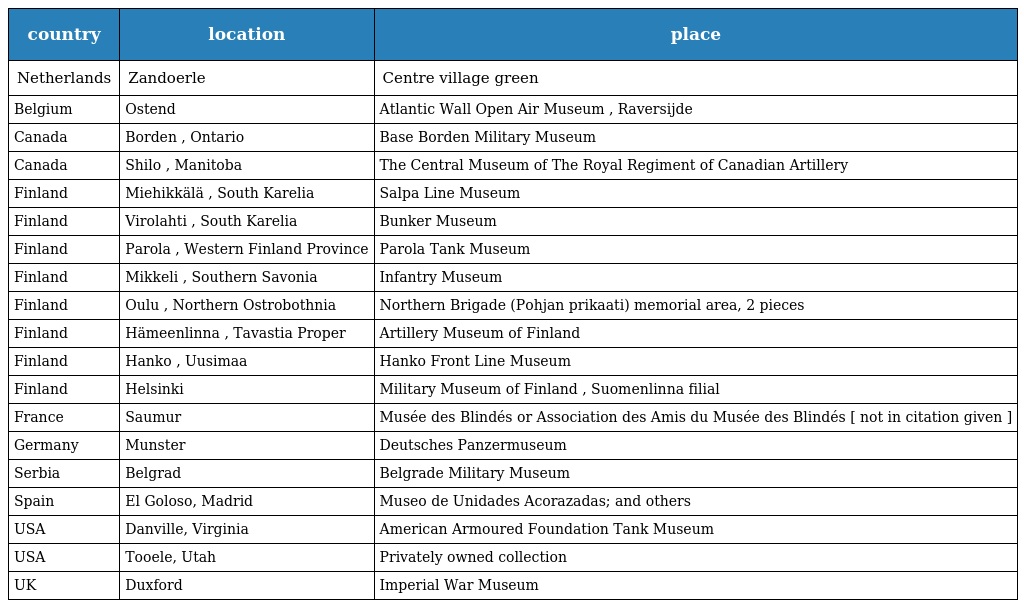
| country | location | place |
 | --- | --- | --- |
 | Netherlands | Zandoerle | Centre village green |
 | Belgium | Ostend | Atlantic Wall Open Air Museum , Raversijde |
 | Canada | Borden , Ontario | Base Borden Military Museum |
 | Canada | Shilo , Manitoba | The Central Museum of The Royal Regiment of Canadian Artillery |
 | Finland | Miehikkälä , South Karelia | Salpa Line Museum |
 | Finland | Virolahti , South Karelia | Bunker Museum |
 | Finland | Parola , Western Finland Province | Parola Tank Museum |
 | Finland | Mikkeli , Southern Savonia | Infantry Museum |
 | Finland | Oulu , Northern Ostrobothnia | Northern Brigade (Pohjan prikaati) memorial area, 2 pieces |
 | Finland | Hämeenlinna , Tavastia Proper | Artillery Museum of Finland |
 | Finland | Hanko , Uusimaa | Hanko Front Line Museum |
 | Finland | Helsinki | Military Museum of Finland , Suomenlinna filial |
 | France | Saumur | Musée des Blindés or Association des Amis du Musée des Blindés [ not in citation given ] |
 | Germany | Munster | Deutsches Panzermuseum |
 | Serbia | Belgrad | Belgrade Military Museum |
 | Spain | El Goloso, Madrid | Museo de Unidades Acorazadas; and others |
 | USA | Danville, Virginia | American Armoured Foundation Tank Museum |
 | USA | Tooele, Utah | Privately owned collection |
 | UK | Duxford | Imperial War Museum |